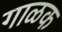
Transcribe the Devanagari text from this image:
गाळक